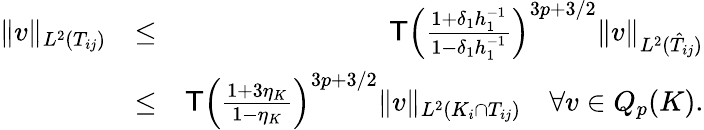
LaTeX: \begin{array}{rlr}{\| v\| _{L^{2}(T_{ij})}}&{\le}&{\mathsf{T}\left(\frac{1+\delta_{1}h_{1}^{-1}}{1-\delta_{1}h_{1}^{-1}}\right)^{3p+3/2}\| v\| _{L^{2}(\hat{T}_{ij})}}\\ &{\le}&{\mathsf{T}\left(\frac{1+3\eta_{K}}{1-\eta_{K}}\right)^{3p+3/2}\| v\| _{L^{2}(K_{i}\cap T_{ij})}\ \ \ \ \forall v\in Q_{p}(K).}\end{array}